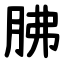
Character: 胇